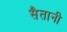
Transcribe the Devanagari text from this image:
सैतानी